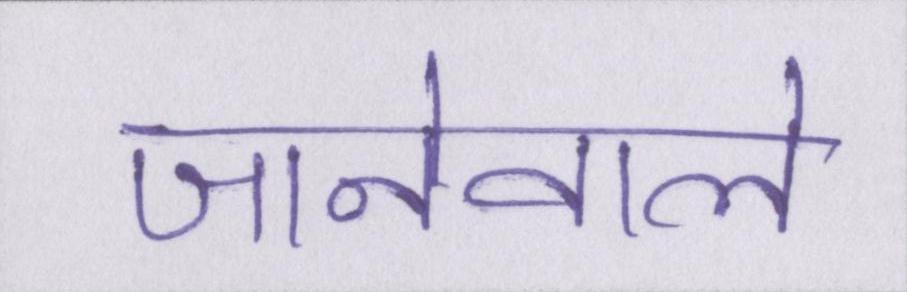
जानेवाले